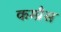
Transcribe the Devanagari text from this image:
कम्प्रैस